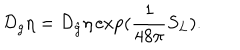
{ \cal { D } } _ { g } \eta = { \cal { D } } _ { \hat { g } } \eta \exp ( \frac { 1 } { 4 8 \pi } S _ { L } ) .